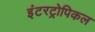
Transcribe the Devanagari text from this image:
इंटरट्रोपिकल